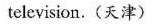
television.(天津)